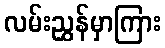
လမ်းညွှန်မှာကြား